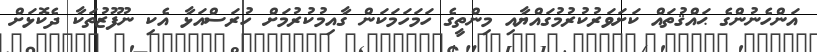
އަންހެނުންގެ ޙައްޤުތައް ކަށަވަރުކުރުމުގައްޔާއި މިންތީގެ ހަމަހަމަކަން ގާއިމުކުރުމަށް ހުރަސްއަޅާ އެކި ނުފޫޒުތަކާ ދެކޮޅަށް